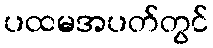
ပထမအပတ်တွင်